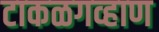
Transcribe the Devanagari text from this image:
टाकळगव्हाण